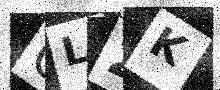
Text: CL2K